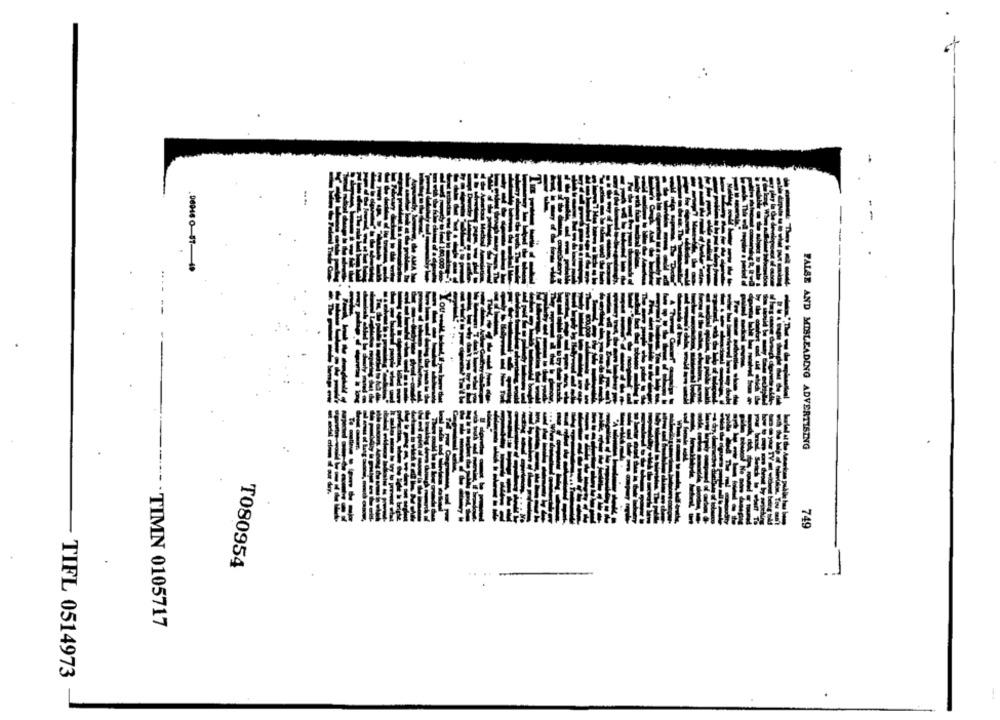
FALSE AND MISLEADING ADVERTISING
.
749
T080954
.TIMN 0105717
TIFL 0514973